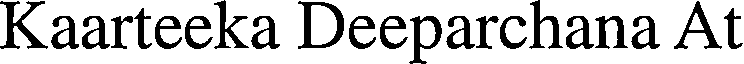
Kaarteeka Deeparchana At